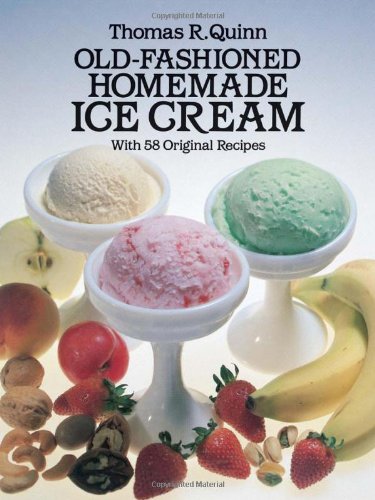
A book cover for Old-Fashioned Homemade Ice Cream: With 58 Original Recipes; Thomas R. Quinn; Cookbooks, Food & Wine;